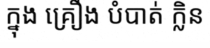
ក្នុង គ្រឿង បំបាត់ ក្លិន